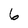
Character: 6